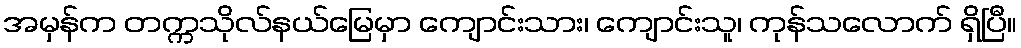
အမှန်က တက္ကသိုလ်နယ်မြေမှာ ကျောင်းသား၊ ကျောင်းသူ၊ ကုန်သလောက် ရှိပြီ။